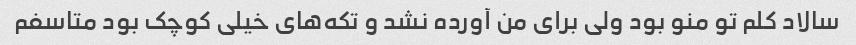
سالاد کلم تو منو بود ولی برای من آورده نشد و تکه‌های خیلی کوچک بود متاسفم